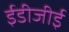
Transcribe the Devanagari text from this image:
ईडीजीई